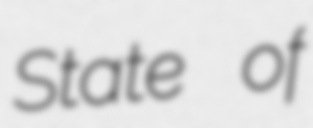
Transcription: State of